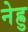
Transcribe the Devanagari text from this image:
नेह्रु